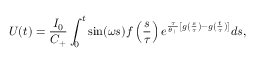
U ( t ) = \frac { I _ { 0 } } { C _ { + } } \int _ { 0 } ^ { t } \sin ( \omega s ) f \left( \frac { s } { \tau } \right) e ^ { \frac { \tau } { \theta _ { + } } \left[ g \left( \frac { s } { \tau } \right) - g \left( \frac { t } { \tau } \right) \right] } d s ,